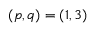
( p , q ) = ( 1 , 3 )